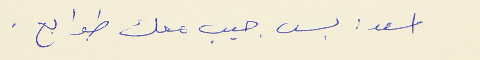
اسعد : بس جيب معك طوابع .